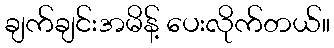
ချက်ချင်းအမိန့် ပေးလိုက်တယ်။